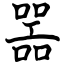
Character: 噐